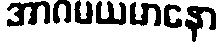
အာဂမယမာနော